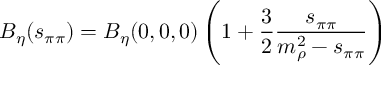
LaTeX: B _ { \eta } ( s _ { \pi \pi } ) = B _ { \eta } ( 0 , 0 , 0 ) \left( 1 + { \frac { 3 } { 2 } } { \frac { s _ { \pi \pi } } { m _ { \rho } ^ { 2 } - s _ { \pi \pi } } } \right)